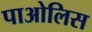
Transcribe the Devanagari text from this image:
पाओलिस